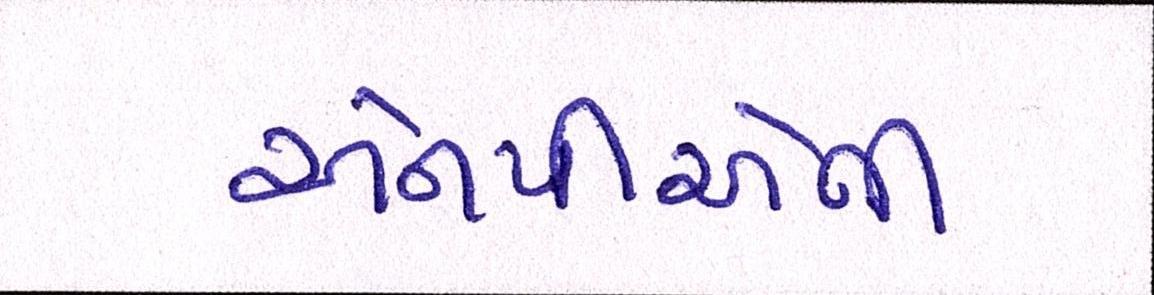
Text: એનપીએની